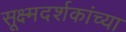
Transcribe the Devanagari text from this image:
सूक्ष्मदर्शकांच्या